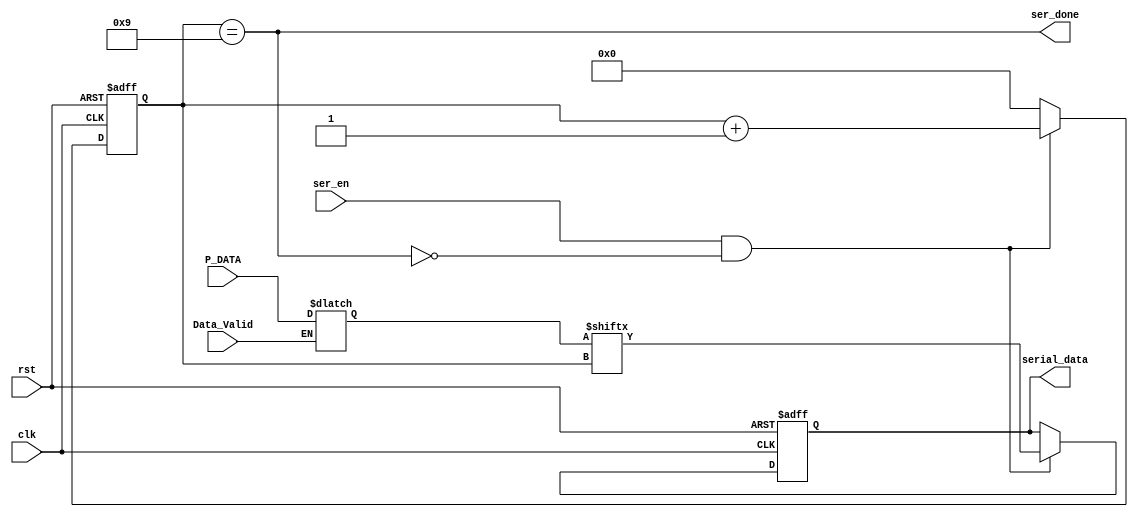
module serial_tx(

input wire ser_en,
input wire clk,
input wire rst,
input wire Data_Valid,
input wire [7:0]P_DATA,
output reg serial_data,
output wire ser_done
);


reg [3:0] counter;
wire counter_finish;
reg [7:0] latched_data;


assign counter_finish = (counter == 4'b1001);
assign ser_done = (counter == 4'b1001);


always @ (*)

begin



if(Data_Valid)

begin

latched_data = P_DATA;

end

else 

begin 

latched_data = latched_data;

end

end


always @(posedge clk , negedge rst) begin
    
if(!rst)
begin 


counter <= 0;
serial_data <= 0;

end

else if(ser_en && !counter_finish )

begin

serial_data <= latched_data[counter];
counter <= counter + 1'b1;

end


else


begin

counter <= 0;


end

end

endmodule